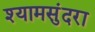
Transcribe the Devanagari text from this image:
श्यामसुंदरा